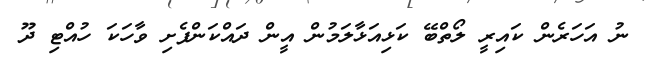
ނު އަހަރެން ކައިރީ ލޯތްބޭ ކަޅިއަޅާލަމުން އީން ދައްކަންފެށި ވާހަކަ ހުއްޓި ދޫ